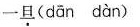
一旦( dān dàn )